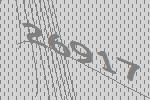
26917